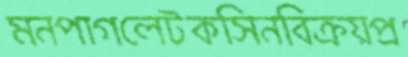
মনপাগলেটকসিনবিক্রয়প্র